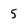
Character: 5